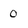
Character: 0